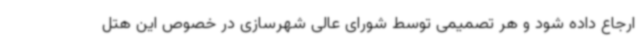
ارجاع داده شود و هر تصمیمی توسط شورای عالی شهرسازی در خصوص این هتل